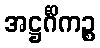
အဋ္ဌင်္ဂိကဉ္စ